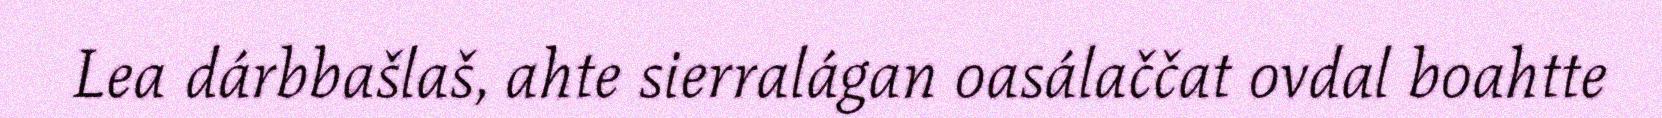
Lea dárbbašlaš, ahte sierralágan oasálaččat ovdal boahtte